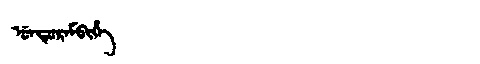
Manchu: ᡠᠨᡩᡠᡵᠠᠮᠪᡳᡥᡝ
Romanization: UNDURAMBIHE